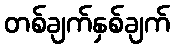
တစ်ချက်နှစ်ချက်